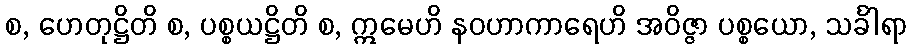
စ, ဟေတုဋ္ဌိတိ စ, ပစ္စယဋ္ဌိတိ စ, ဣမေဟိ နဝဟာကာရေဟိ အဝိဇ္ဇာ ပစ္စယော, သင်္ခါရာ